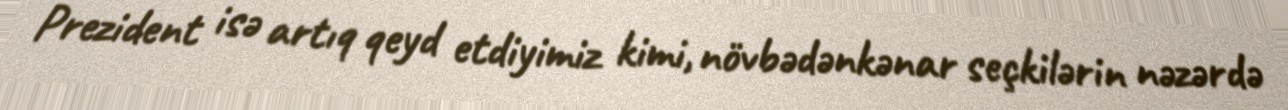
Prezident isə artıq qeyd etdiyimiz kimi, növbədənkənar seçkilərin nəzərdə